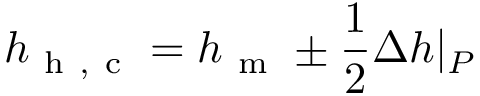
h _ { \mathrm { ~ h ~ , ~ c ~ } } = h _ { \mathrm { ~ m ~ } } \pm \frac { 1 } { 2 } \Delta h | _ { P }